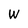
Character: W